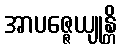
အာပဇ္ဇေယျုန္တိ